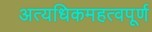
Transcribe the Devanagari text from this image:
अत्यधिकमहत्वपूर्ण